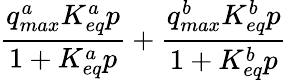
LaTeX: \frac{q_{max}^{a}K_{eq}^{a}p}{1+K_{eq}^{a}p}+\frac{q_{max}^{b}K_{eq}^{b}p}{1+K_{eq}^{b}p}